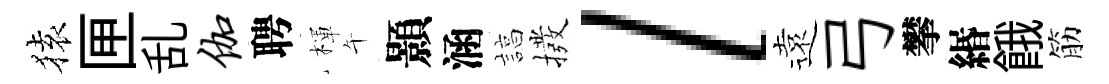
𫞤匣乱伽聘楎午顥涵諄撥l遠弓攀緡餓筋